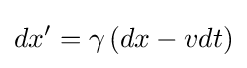
dx'=\gamma \left(dx-vdt\right)